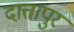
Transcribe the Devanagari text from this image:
दात्तापुर